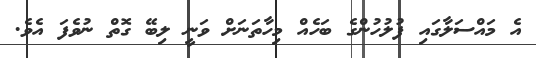
އެ މައްސަލާގައި ފުލުހުންގެ ބަހެއް މިހާތަނަށް ވަނީ ލިބޭ ގޮތް ނުވެފަ އެވެ.